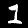
Label: 1